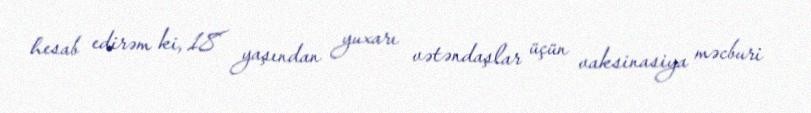
hesab edirəm ki, 18 yaşından yuxarı vətəndaşlar üçün vaksinasiya məcburi